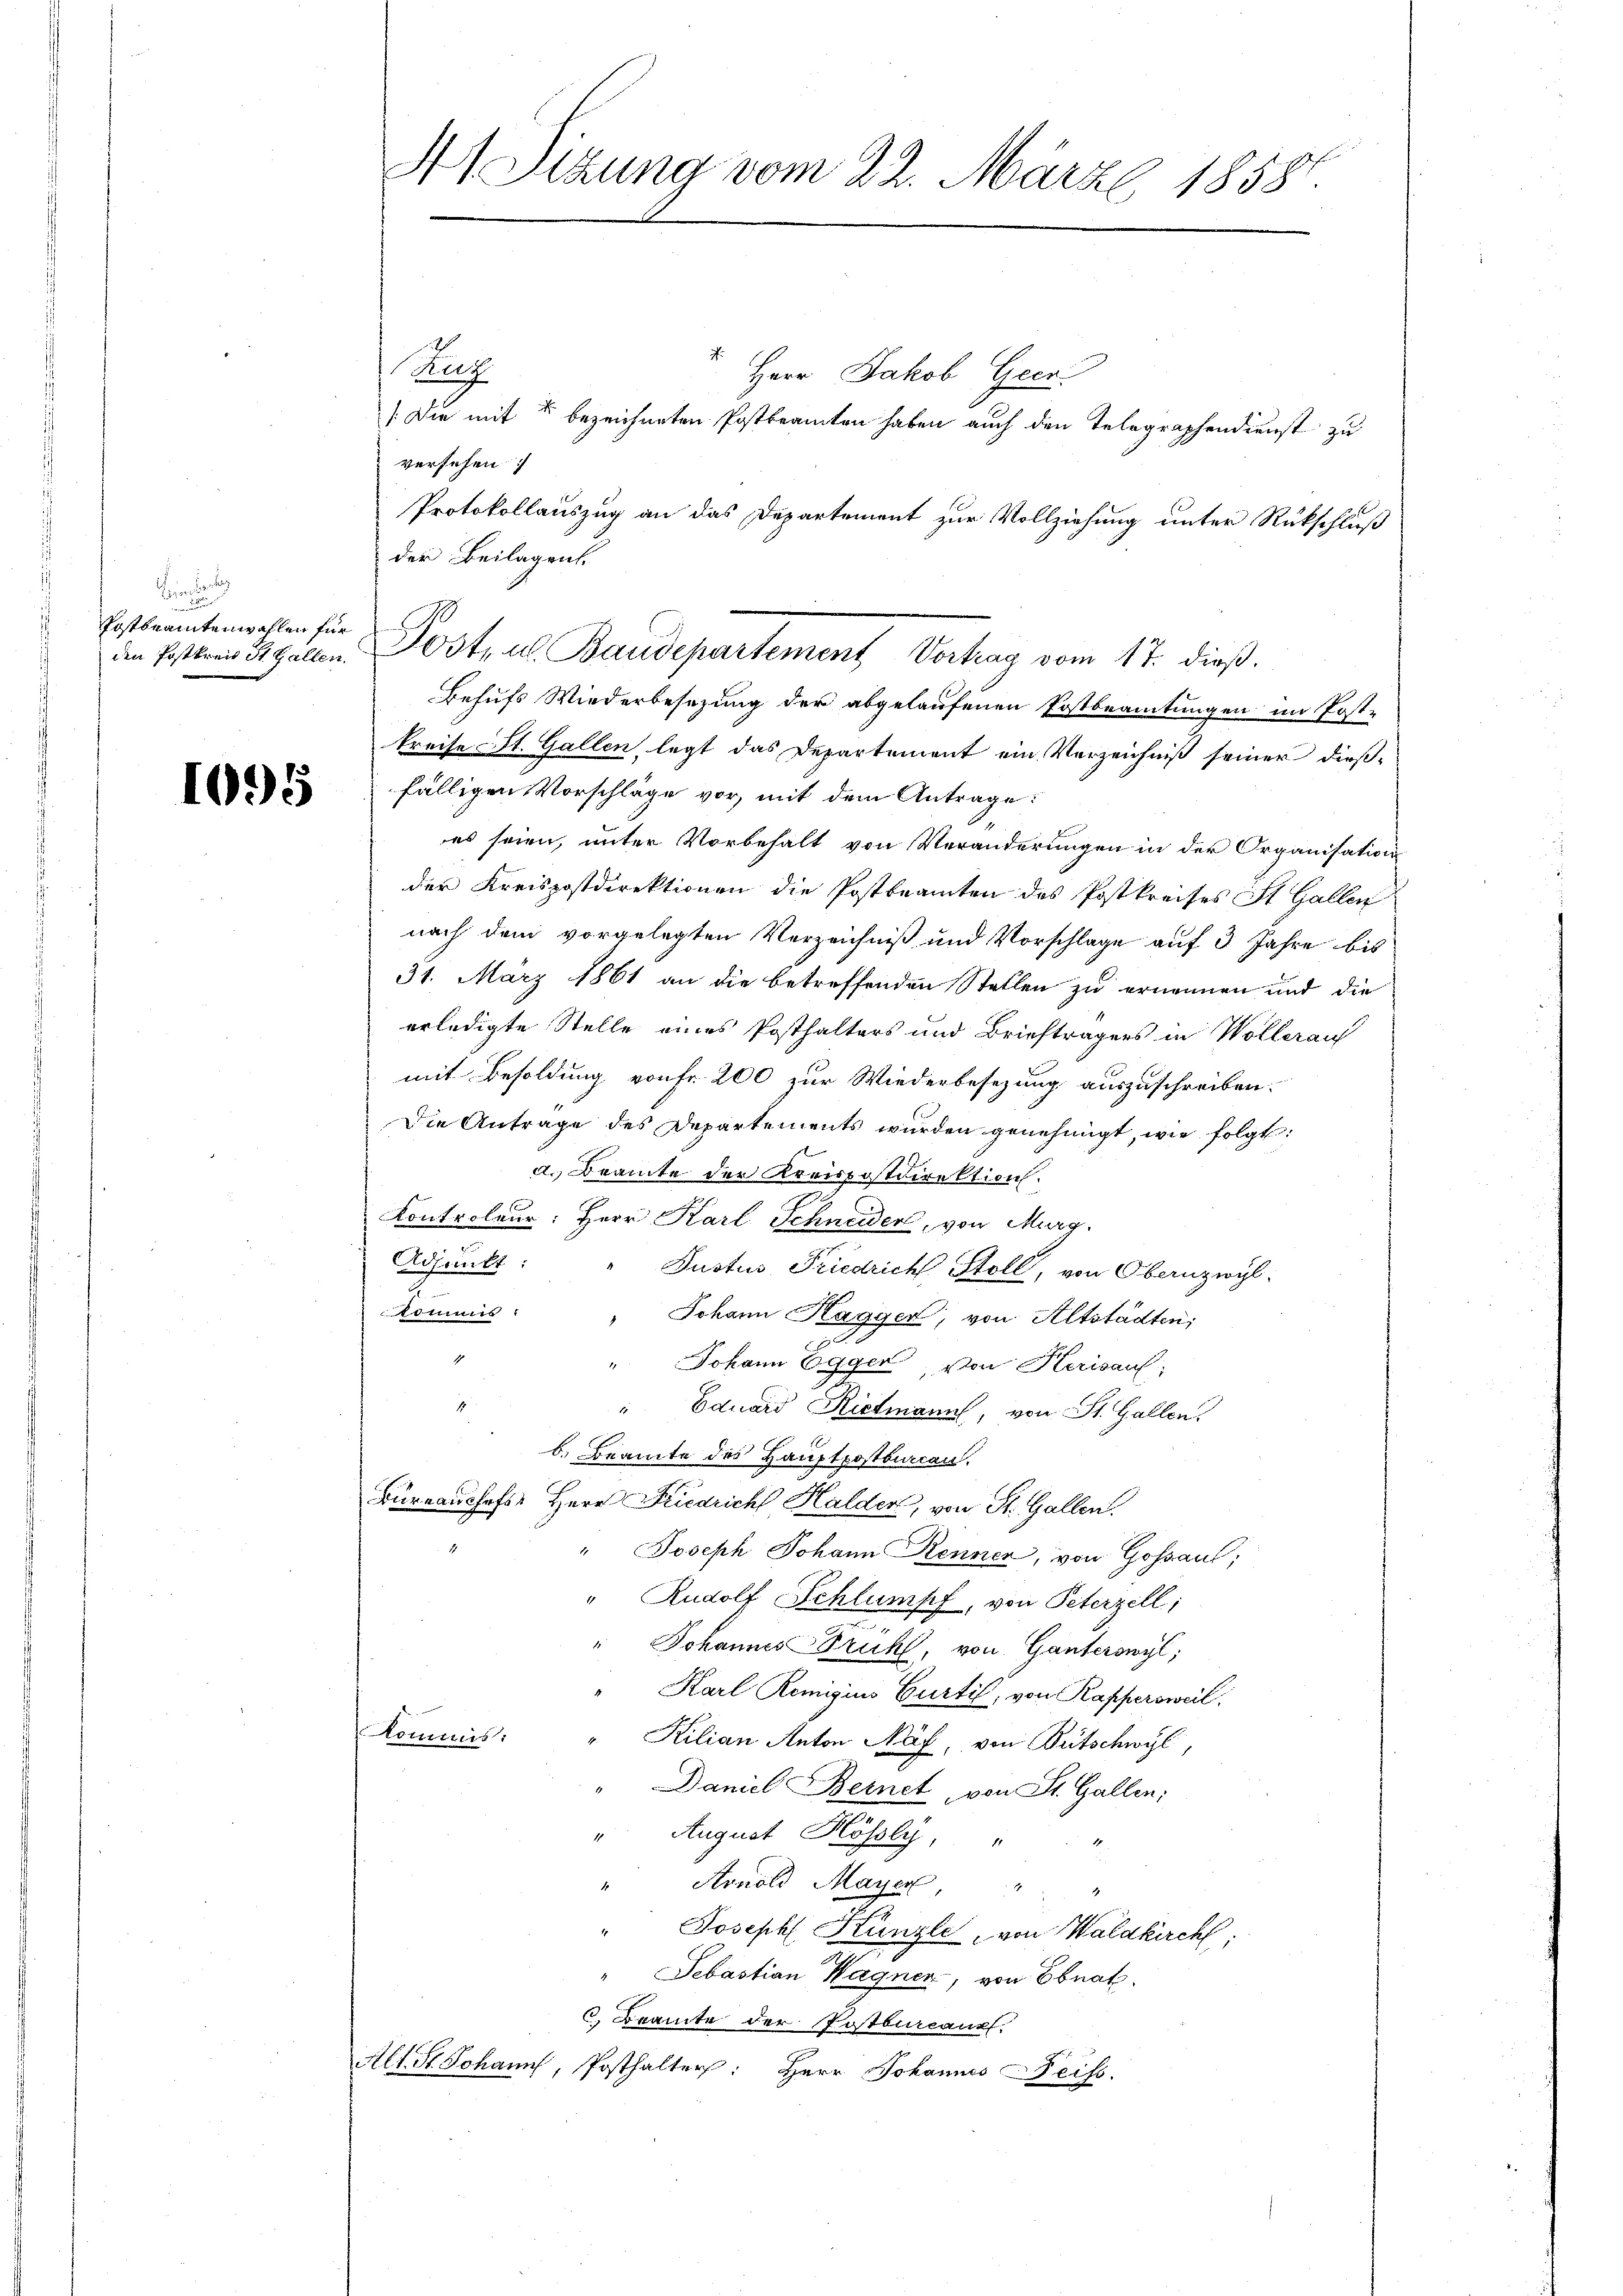
n
Postbeamtenwahlen für
den Postkreis St. Gallen.

1095

41 Sitzung vom 22. März 1858.

Rug
Herr Jakob Geer
[Die mit 5 bezeichneten Postbeamten haben auch den Telegraphendienst zu
versehen:
Protokollauszug an das Departement zur Vollziehung unter Rückschluß
der Beilagen.
Behufs Wiederbesezung der abgelaufenen Postbeamtungen im Post-
kreise St. Gallen, legt das Departement ein Verzeichniß seiner dieß-
fälligen Vorschläge vor, mit dem Antrage:
es seien, unter Vorbehalt von Veränderungen in der Organisation
der Kreispostdirektionen die Postbeamten des Postkreises St. Gallen
nach dem vorgelegten Verzeichniß und Vorschlage auf 3 Jahre bis
31. März 1861 an die betreffenden Stellen zu ernennen und die
erledigte Stelle eines Posthalters und Briefträgers in Wollerauf
mit Besoldung von fr. 200 zur Wiederbesezung auszuschreiben.
Die Antrage des Departements wurden genehmigt, wie folgt:
d. Beamte der Kreispostdirektion.
Kontroleur: Herr Karl Schneider, von Murg.
Adjunkt:
Justus Friedrich Stoll, von Obernzwyl
kommis. " Johann Hagger, von Altstädten;
.
" Johann Egger, von Herisauf
" Eduard Riedmann, von St. Gallen.
b. Beamte des Hauptpostburcen.
Bureaushofs- Herr Friedrich Halder, von St. Gallen.
" Joseph Johann Kennen, von Goßau;
" Rudolf Schlumpf, von Peterzell:
e
Johannes Druhl, von Ganterswyl,
Karl Remigius Curtis, von Kappersweil.
kommis:
Kilian Anton Näf, von Bütschwyl,
Daniel Bernet, von St. Gallen;
". August Hösly, "
" Arnold Mayer "
Joseph Künzli, von Waldkirchl
3
" Sebastian Wagner, von Ebnat.
6. Beamte der Postbureaux.
Alt. St. Johann, Posthalter: Herr Johannes Weiss.

Post, u. Baudepartement Vortrag vom 17. dieß.